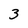
Character: 3